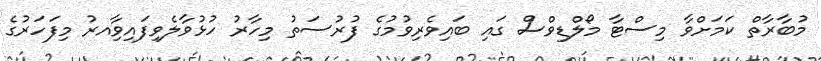
މުބާރާތް ކަމަށްވާ މިސްޓާ މޯލްޑިވްސް ގައި ބައިވެރިވުމުގެ ފުރުސަތު މިހާރު ހުޅުވާލެވިފައިވާިއރު މިފަހަރުގެ